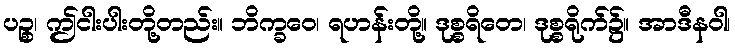
ပဉ္စ၊ ဤငါးပါးတို့တည်း။ ဘိက္ခဝေ၊ ရဟန်းတို့။ ဒုစ္စရိတေ၊ ဒုစ္စရိုက်၌။ အာဒီနဝါ၊